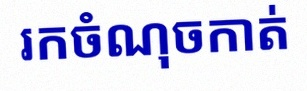
រកចំណុចកាត់